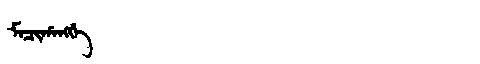
Manchu: ᠮᠠᠴᡳᡥᠠᠩᡤᡝ
Romanization: MACIHANGGE